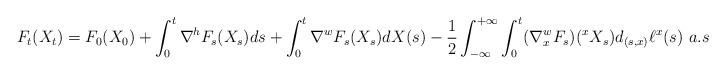
LaTeX: \begin{align*}F_t(X_t) = F_0(X_0)+ \int_0^t\nabla^hF_s(X_s)ds + \int_0^t\nabla^wF_s(X_s)dX(s) - \frac{1}{2}\int_{-\infty}^{+\infty}\int_0^t(\nabla^w_xF_s)(^{x}X_s)d_{(s,x)}\ell^x(s)~a.s\end{align*}